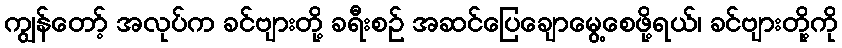
ကျွန်တော့် အလုပ်က ခင်ဗျားတို့ ခရီးစဉ် အဆင်ပြေချောမွေ့စေဖို့ရယ်၊ ခင်ဗျားတို့ကို